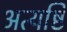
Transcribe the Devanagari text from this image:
अत्यष्टि